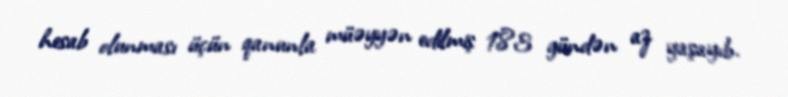
hesab olunması üçün qanunla müəyyən edilmiş 183 gündən az yaşayıb.